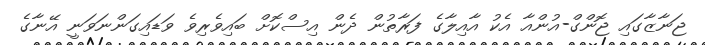
ޖަނާޒާގައި ޖޮންގް-އުންއާ އެކު އާއިލާގެ ފަރާތުން ދެން އިސްކޮށް ބައިވެރިވެ ވަޑައިގަންނަވަނީ އޭނާގެ